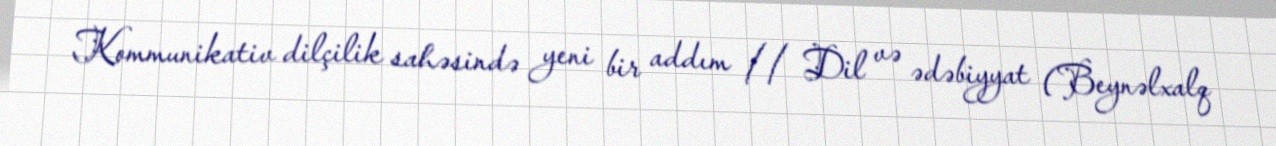
Kommunikativ dilçilik sahəsində yeni bir addım // Dil və ədəbiyyat (Beynəlxalq